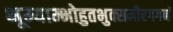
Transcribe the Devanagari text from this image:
भूम्याम्भोहुतभुक्समीरगगनं